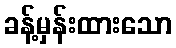
ခန့်မှန်းထားသော